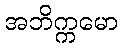
အဘိက္ကမော